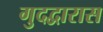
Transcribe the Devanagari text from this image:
गुदद्वारास